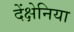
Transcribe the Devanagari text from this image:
देंक्षेनिया